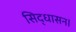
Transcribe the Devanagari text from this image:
सिद्धासन।